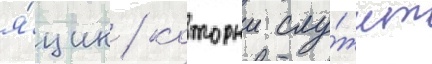
я́щик / которыи слу́жит